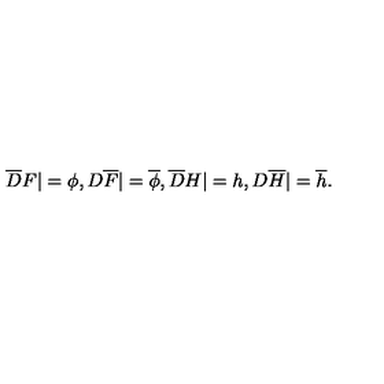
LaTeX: { \overline { D } } F | = \phi , D { \overline { F } } | = { \overline { \phi } } , { \overline { D } } H | = h , D { \overline { H } } | = { \overline { h } } .